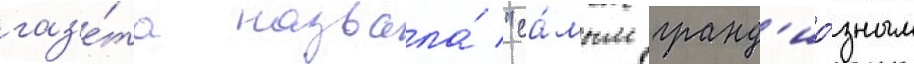
газ'е́та назвала́ "са́мым гранд'ио́зным